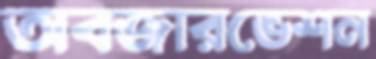
অবজারভেশন